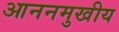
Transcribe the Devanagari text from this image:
आननमुखीय